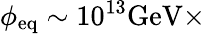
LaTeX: \phi_{\mathrm{eq}}\sim 10^{13}\mathrm{GeV}\times